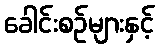
ခေါင်းစဉ်များနှင့်